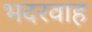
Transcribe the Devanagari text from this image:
भदरवाह